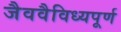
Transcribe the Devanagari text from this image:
जैववैविध्यपूर्ण